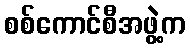
စစ်ကောင်စီအဖွဲ့က